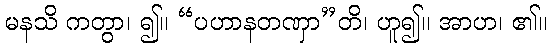
မနသိ ကတွာ၊ ၍။ “ပဟာနတဏှာ”တိ၊ ဟူ၍။ အာဟ၊ ၏။